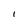
Character: I